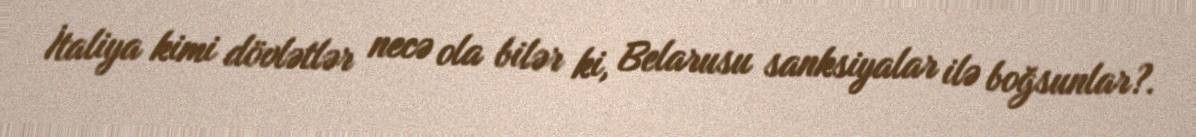
İtaliya kimi dövlətlər necə ola bilər ki, Belarusu sanksiyalar ilə boğsunlar?.